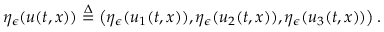
\eta _ { \epsilon } ( u ( t , x ) ) \overset { \Delta } { = } \left( \eta _ { \epsilon } ( u _ { 1 } ( t , x ) ) , \eta _ { \epsilon } ( u _ { 2 } ( t , x ) ) , \eta _ { \epsilon } ( u _ { 3 } ( t , x ) ) \right) .